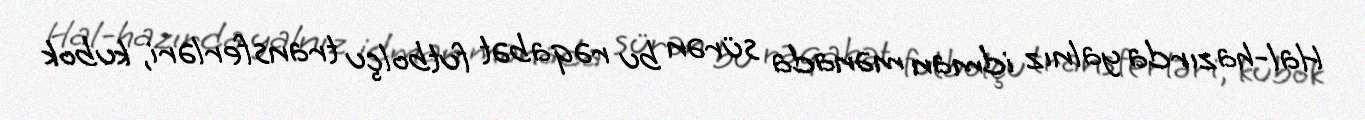
Hal-hazırda yalnız idman mənada sürən bu rəqabət futbolçu transferləri, kubok